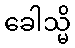
ခေါသ္မိ